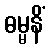
ဓမ္မနိံ